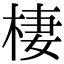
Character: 棲